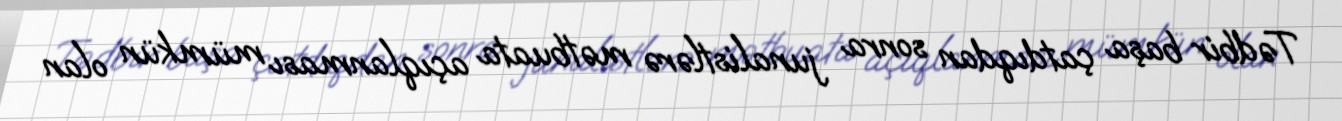
Tədbir başa çatdıqdan sonra junalistlərə mətbuata açıqlanması mümkün olan